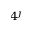
4 ^ { j }